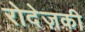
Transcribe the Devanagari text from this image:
रोदेज़की